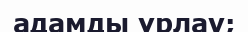
адамды ұрлау;